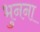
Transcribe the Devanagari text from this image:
भुनना